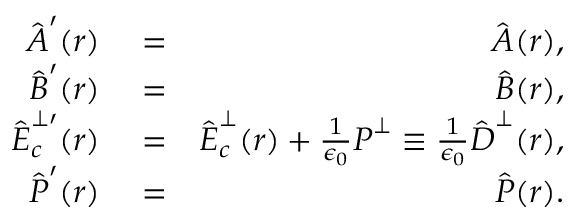
\begin{array} { r l r } { \hat { \boldsymbol A } ^ { \prime } ( \boldsymbol r ) } & { { } = } & { \hat { \boldsymbol A } ( \boldsymbol r ) , } \\ { \hat { \boldsymbol B } ^ { \prime } ( \boldsymbol r ) } & { { } = } & { \hat { \boldsymbol B } ( \boldsymbol r ) , } \\ { \hat { \boldsymbol E } _ { c } ^ { \perp \prime } ( \boldsymbol r ) } & { { } = } & { \hat { \boldsymbol E } _ { c } ^ { \perp } ( \boldsymbol r ) + \frac { 1 } { \epsilon _ { 0 } } { \boldsymbol P } ^ { \perp } \equiv \frac { 1 } { \epsilon _ { 0 } } \hat { \boldsymbol D } ^ { \perp } ( \boldsymbol r ) , } \\ { \hat { \boldsymbol P } ^ { \prime } ( \boldsymbol r ) } & { { } = } & { \hat { \boldsymbol P } ( \boldsymbol r ) . } \end{array}